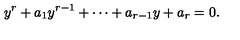
y ^ { r } + a _ { 1 } y ^ { r - 1 } + \cdots + a _ { r - 1 } y + a _ { r } = 0 .